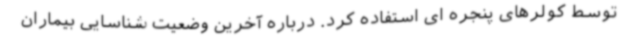
توسط کولرهای پنجره ای استفاده کرد. درباره آخرین وضعیت شناسایی بیماران